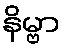
နိမ္ဗာ